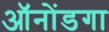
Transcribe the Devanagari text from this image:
ऑनोंडगा